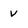
Character: v